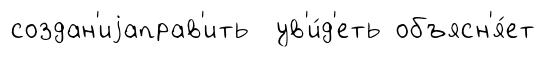
создан'иjаправ'ить ув'и́д'еть объясн'я́ет